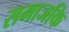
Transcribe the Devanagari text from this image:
समाजकि